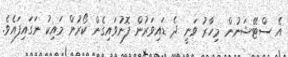
އެ ސްޓޭޝަނުން މިހާރު ވަނީ ދެ ޑައިވަރުން ފޮނުވައިގެން ކޯރުން މައިކު ނަގައިފައެވެ.